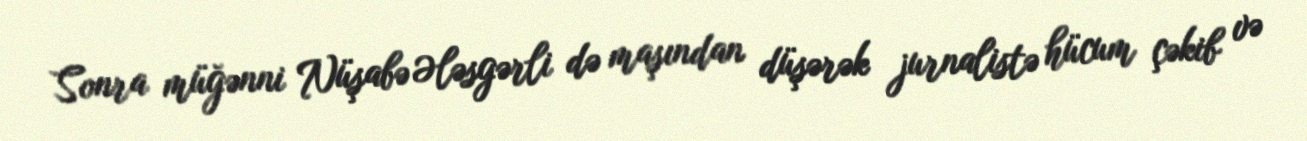
Sonra müğənni Nüşabə Ələsgərli də maşından düşərək jurnalistə hücum çəkib və